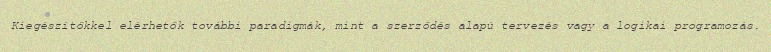
Kiegészítőkkel elérhetők további paradigmák, mint a szerződés alapú tervezés vagy a logikai programozás.